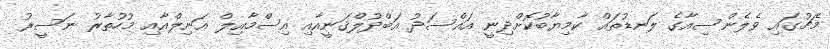
މެޗުގައި ވެލެންސިއާގެ ލަނޑުތައް ކާމިޔާބުކޮށްދިނީ އައްސަދު އަބްދުލްޤަނީއާއި އިސްމާއިލް އަނިލްއާއި މުހުތާރު ނަސީރު